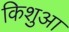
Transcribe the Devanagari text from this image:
किशुआ